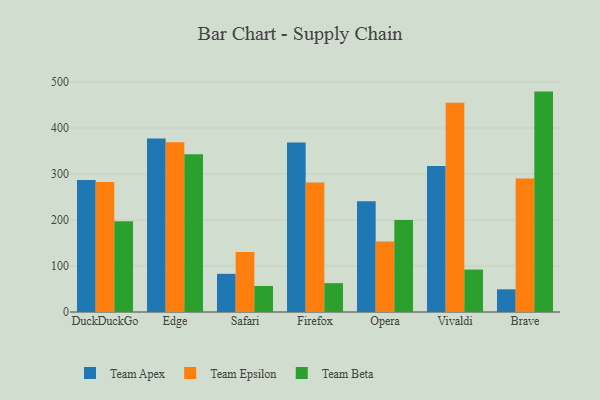
{"axis": {"x": "Browser", "y": "Revenue (USD Million)"}, "legend": ["Team Apex", "Team Beta", "Team Epsilon"], "data": [{"x": "DuckDuckGo", "y": 287.2, "type": "Team Apex"}, {"x": "DuckDuckGo", "y": 282.4, "type": "Team Epsilon"}, {"x": "DuckDuckGo", "y": 197.3, "type": "Team Beta"}, {"x": "Edge", "y": 377.4, "type": "Team Apex"}, {"x": "Edge", "y": 369.2, "type": "Team Epsilon"}, {"x": "Edge", "y": 342.8, "type": "Team Beta"}, {"x": "Safari", "y": 83.0, "type": "Team Apex"}, {"x": "Safari", "y": 130.2, "type": "Team Epsilon"}, {"x": "Safari", "y": 56.6, "type": "Team Beta"}, {"x": "Firefox", "y": 368.4, "type": "Team Apex"}, {"x": "Firefox", "y": 281.5, "type": "Team Epsilon"}, {"x": "Firefox", "y": 62.7, "type": "Team Beta"}, {"x": "Opera", "y": 240.9, "type": "Team Apex"}, {"x": "Opera", "y": 153.4, "type": "Team Epsilon"}, {"x": "Opera", "y": 200.3, "type": "Team Beta"}, {"x": "Vivaldi", "y": 317.5, "type": "Team Apex"}, {"x": "Vivaldi", "y": 455.1, "type": "Team Epsilon"}, {"x": "Vivaldi", "y": 92.3, "type": "Team Beta"}, {"x": "Brave", "y": 49.3, "type": "Team Apex"}, {"x": "Brave", "y": 290.5, "type": "Team Epsilon"}, {"x": "Brave", "y": 479.2, "type": "Team Beta"}]}